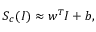
\boldsymbol { S } _ { c } ( I ) \approx \boldsymbol { w } ^ { T } \boldsymbol { I } + \boldsymbol { b } ,